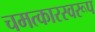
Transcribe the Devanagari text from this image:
चमत्‍कारस्‍वरूप